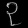
Digit: ၃